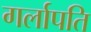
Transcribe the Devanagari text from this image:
गर्लापति